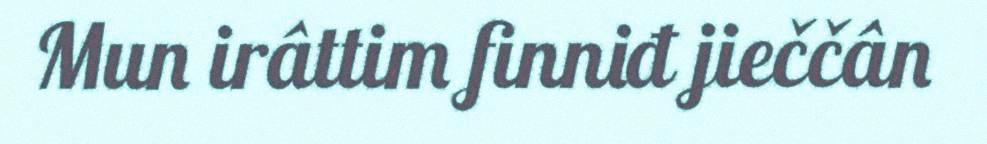
Mun irâttim finniđ jieččân